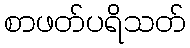
စာဖတ်ပရိသတ်